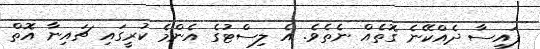
ފައިސާ ދެއްކޭނެ ގޮތެއް ނެތެވެ. އެ ލިސްޓުގެ އެންމެ ކުރީގައި ޗައިނާ އޮތް